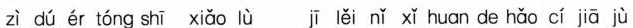
zì dú ér tóng shī xiǎo lù jī lěi nǐ xǐ huan de hǎo cí jiā jù